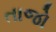
તાજો